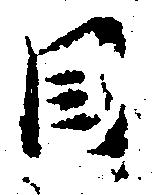
目